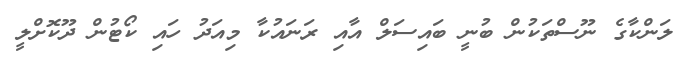
ލަންކާގެ ނޫސްތަކުން ބުނީ ބައިސަލް އާއި ރަނައުކާ މިއަދު ހައި ކޯޓުން ދޫކޮށްލީ